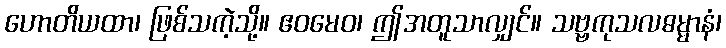
ဟောတိယထာ၊ ဖြစ်သကဲ့သို့။ ဧဝမေဝ၊ ဤအတူသာလျှင်။ သဗ္ဗကုသလဓမ္မာနံ၊